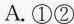
场竞争提供了制度保障③有利于激发非公有制经